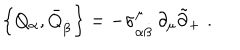
LaTeX: \left\{ Q _ { \alpha } , \bar { Q } _ { \dot { \beta } } \right\} = - \sigma _ { \alpha \dot { \beta } } ^ { \mu } \, \partial _ { \mu } \tilde { \partial } _ { + } \, \, .